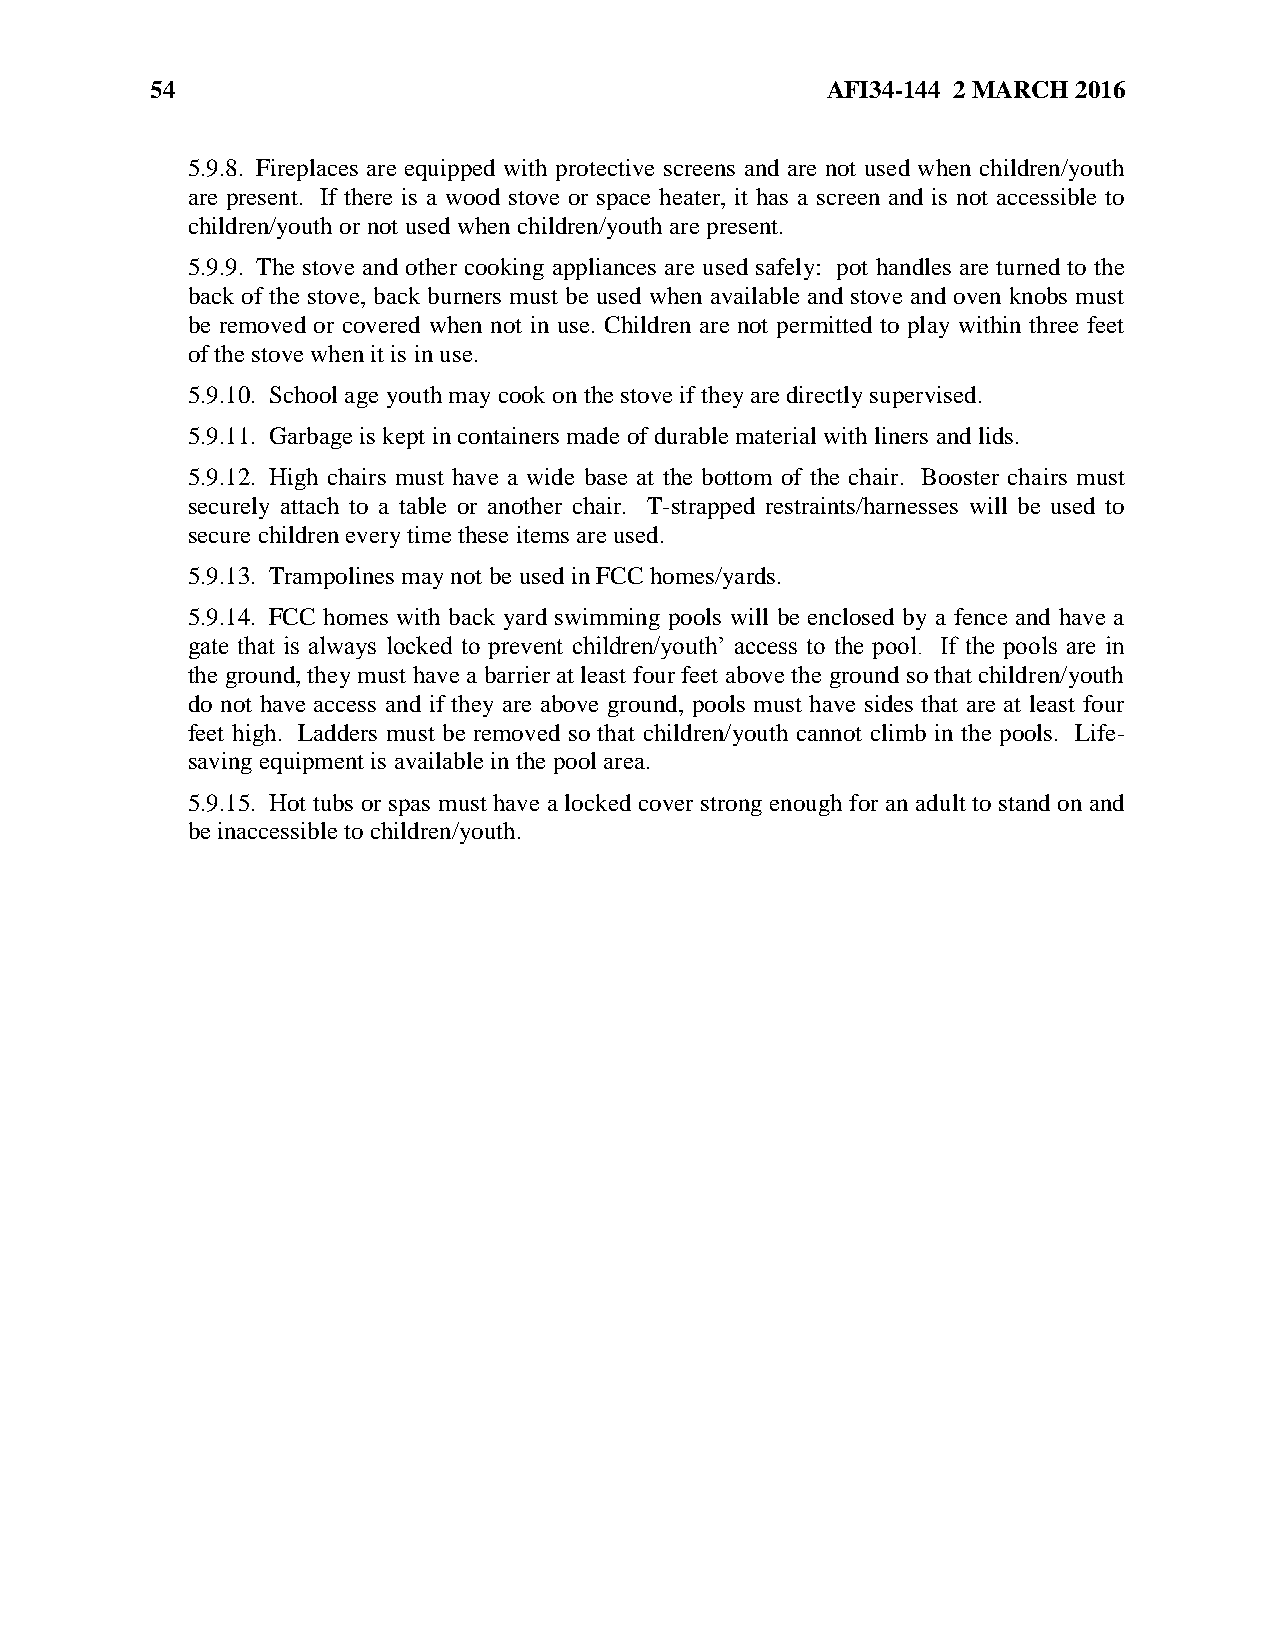
54                                           AFI34-144 2 MARCH 2016
 5.9.8. Fireplaces are equipped with protective screens and are not used when children/youth
 are present. If there is a wood stove or space heater, it has a screen and is not accessible to
 children/youth or not used when children/youth are present.
 5.9.9. The stove and other cooking appliances are used safely: pot handles are turned to the
 back of the stove, back burners must be used when available and stove and oven knobs must
 be removed or covered when not in use. Children are not permitted to play within three feet
 of the stove when it is in use.
 5.9.10. School age youth may cook on the stove if they are directly supervised.
 5.9.11. Garbage is kept in containers made of durable material with liners and lids.
 5.9.12. High chairs must have a wide base at the bottom of the chair. Booster chairs must
 securely attach to a table or another chair. T-strapped restraints/harnesses will be used to
 secure children every time these items are used.
 5.9.13. Trampolines may not be used in FCC homes/yards.
 5.9.14. FCC homes with back yard swimming pools will be enclosed by a fence and have a
 gate that is always locked to prevent children/youth’ access to the pool. If the pools are in
 the ground, they must have a barrier at least four feet above the ground so that children/youth
 do not have access and if they are above ground, pools must have sides that are at least four
 feet high. Ladders must be removed so that children/youth cannot climb in the pools. Life-
 saving equipment is available in the pool area.
 5.9.15. Hot tubs or spas must have a locked cover strong enough for an adult to stand on and
 be inaccessible to children/youth.